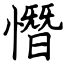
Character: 憯